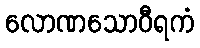
လောဏသောဝီရကံ